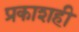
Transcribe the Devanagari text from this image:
प्रकाशही